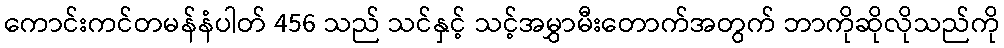
ကောင်းကင်တမန်နံပါတ် 456 သည် သင်နှင့် သင့်အမွှာမီးတောက်အတွက် ဘာကိုဆိုလိုသည်ကို